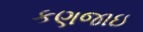
કણજાઇ